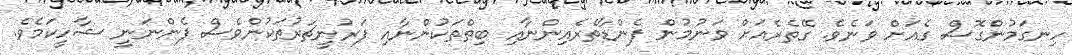
ހިނގަމުންގޮސް ގެއަށް ވަނެވެ. ގޭތެރެއަށް ވަނުމުން ފެންޑާތެރެއިންނާއި ބިތްތަކުންނާއި ފަރުނީޗަރުތަކުންވެސް ފެންނަނީ ޝާހީކަމެވެ.